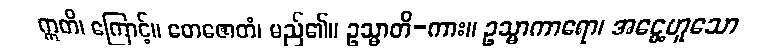
ဣတိ၊ ကြောင့်။ တေဇောတံ၊ မည်၏။ ဥသ္မာတိ-ကား။ ဥသ္မာကာရော၊ အငွေ့ဟူသော